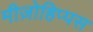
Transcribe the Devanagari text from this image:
मीज़ोहिप्पस